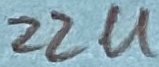
Text: 22U